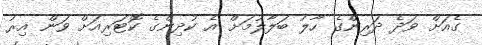
ގެއަށް ވަދެ ދަރިންގެ ހާލު ބަލާލުމަށް އެ ކުދިންގެ ކޮޓަރިއަށް ވަން އިރު